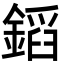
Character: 䤾